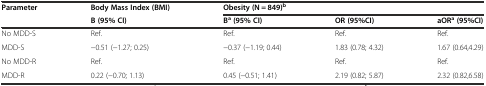
<table><thead><tr><td rowspan="2"><b>Parameter</b></td><td><b>Body Mass Index (BMI)</b></td><td colspan="3"><b>Obesity (N = 849)<sup>b</sup></b></td></tr><tr><td><b>B (95% CI)</b></td><td><b>B<sup>a</sup>(95% CI)</b></td><td><b>OR (95%CI)</b></td><td><b>aOR<sup>a</sup>(95%CI)</b></td></tr></thead><tbody><tr><td>No MDD-S</td><td>Ref.</td><td>Ref.</td><td>Ref.</td><td>Ref.</td></tr><tr><td>MDD-S</td><td>−0.51 (−1.27; 0.25)</td><td>−0.37 (−1.19; 0.44)</td><td>1.83 (0.78; 4.32)</td><td>1.67 (0.64,4.29)</td></tr><tr><td>No MDD-R</td><td>Ref.</td><td>Ref.</td><td>Ref.</td><td>Ref.</td></tr><tr><td>MDD-R</td><td>0.22 (−0.70; 1.13)</td><td>0.45 (−0.51; 1.41)</td><td>2.19 (0.82; 5.87)</td><td>2.32 (0.82,6.58)</td></tr></tbody></table>